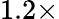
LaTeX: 1.2\times